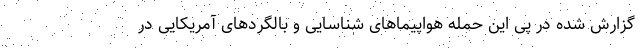
گزارش شده در پی این حمله هواپیماهای شناسایی و بالگردهای آمریکایی در